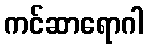
ကင်ဆာရောဂါ